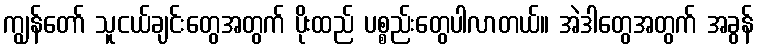
ကျွန်တော် သူငယ်ချင်းတွေအတွက် ပိုးထည် ပစ္စည်းတွေပါလာတယ်။ အဲဒါတွေအတွက် အခွန်